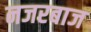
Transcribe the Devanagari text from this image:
नजरबाज